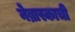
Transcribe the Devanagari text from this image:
नेब्रास्काची